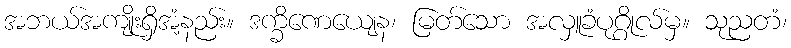
အဘယ်အကျိုးရှိအံ့နည်း။ ဒက္ခိဏေယျေန၊ မြတ်သော အလှူခံပုဂ္ဂိုလ်မှ။ သုညတံ၊